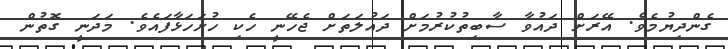
ގެންދިޔުމެވެ. އޭރަށް ދައުވާ ސާބިތުކުރުމަށް ދައުލަތަށް ޖެހޭނީ ހެކި ހުށަހަޅާފައެވެ. މަދަނީ ގޮތުން